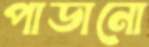
পাডানো